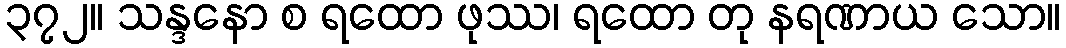
၃၇၂။ သန္ဒနော စ ရထော ဖုဿ၊ ရထော တု နရဏာယ သော။